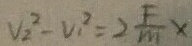
V _ { 2 } ^ { 2 } - V _ { 1 } ^ { 2 } = 2 \frac { F } { m } x